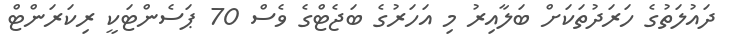
ދައުލަތުގެ ހަރަދުތަކަށް ބަލާއިރު މި އަހަރުގެ ބަޖެޓްގެ ވެސް 70 ޕަސެންޓަކީ ރިކަރަންޓް